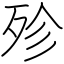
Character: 殄